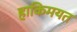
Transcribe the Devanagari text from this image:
हाकिमयत